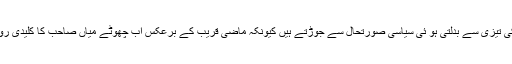
مبصرین اس نئی حکمت عملی کا ناتا ملک کی تیزی سے بدلتی ہو ئی سیاسی صورتحال سے جوڑتے ہیں کیونکہ ماضی قریب کے برعکس اب چھوٹے میاں صاحب کا کلیدی رول حکمران جماعت کو غالبا ً کھٹک رہا ہے۔